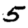
Digit: 5